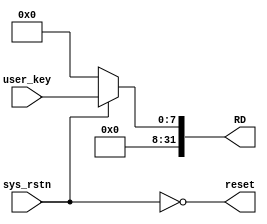
`timescale 1ns / 1ps
//////////////////////////////////////////////////////////////////////////////////
// Company: 
// Engineer: 
// 
// Design Name: 
// Module Name:    driver_userkey 
// Project Name: 
// Target Devices: 
// Tool versions: 
// Description: 
//
// Dependencies: 
//
// Revision: 
// Revision 0.01 - File Created
// Additional Comments: 
//
//////////////////////////////////////////////////////////////////////////////////
module driver_userkey(
    output [31:0] RD,
    output reset,
    input [7:0] user_key,
	 input sys_rstn
    );
	assign reset = !sys_rstn;
	assign RD = (reset) ? 0 :
					{24'b0, user_key};
	

endmodule